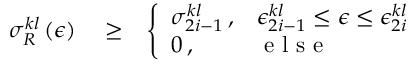
\begin{array} { r l r } { \sigma _ { R } ^ { k l } \left( \epsilon \right) } & { { } \ge } & { \left\{ \begin{array} { l l } { \sigma _ { 2 i - 1 } ^ { k l } \, , } & { \epsilon _ { 2 i - 1 } ^ { k l } \le \epsilon \le \epsilon _ { 2 i } ^ { k l } } \\ { 0 \, , } & { \mathrm { ~ e ~ l ~ s ~ e ~ } } \end{array} \right. } \end{array}